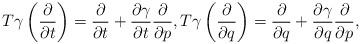
LaTeX: \begin{align*} T\gamma\left(\frac{\partial}{\partial t}\right)=\frac{\partial}{\partial t}+\frac{\partial \gamma}{\partial t}\frac{\partial}{\partial p},T\gamma\left(\frac{\partial}{\partial q}\right)=\frac{\partial}{\partial q}+\frac{\partial \gamma}{\partial q}\frac{\partial}{\partial p},\end{align*}